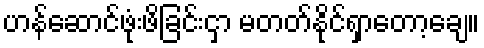
ဟန်ဆောင်ဖုံးဖိခြင်းငှာ မတတ်နိုင်ရှာတော့ချေ။